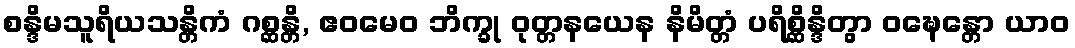
စန္ဒိမသူရိယသန္တိကံ ဂစ္ဆန္တိ, ဧဝမေဝ ဘိက္ခု ဝုတ္တနယေန နိမိတ္တံ ပရိစ္ဆိန္ဒိတွာ ဝဍ္ဎေန္တော ယာဝ